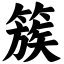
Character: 簇